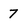
Character: 7